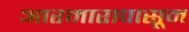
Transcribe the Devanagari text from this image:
आरमारापासून